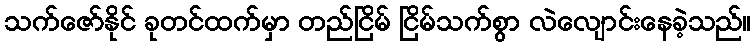
သက်ဇော်နိုင် ခုတင်ထက်မှာ တည်ငြိမ် ငြိမ်သက်စွာ လဲလျောင်းနေခဲ့သည်။